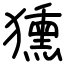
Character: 獯